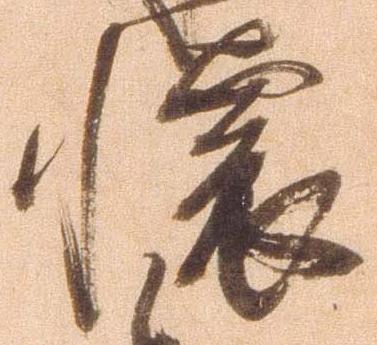
懐